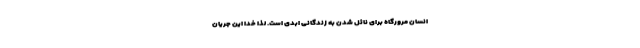
انسان مرورگاه برای نائل شدن به زندگانی ابدی است. لذا خدا این جریان